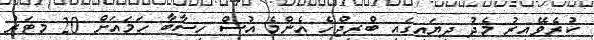
ކުރެވޭއިރު މެދު ދިޔައިގައި ބްރިޖްހެ އެންމެ އުސް ހިސާބާ ހަމައަށް 20 މޓަރު